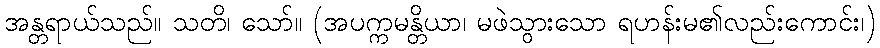
အန္တရာယ်သည်။ သတိ၊ သော်။ (အပက္ကမန္တိယာ၊ မဖဲသွားသော ရဟန်းမ၏လည်းကောင်း၊)